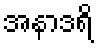
အနာဒရိ